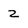
Character: 2